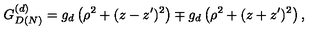
G _ { D ( N ) } ^ { ( d ) } = g _ { d } \left( \rho ^ { 2 } + ( z - z ^ { \prime } ) ^ { 2 } \right) \mp g _ { d } \left( \rho ^ { 2 } + ( z + z ^ { \prime } ) ^ { 2 } \right) ,